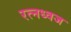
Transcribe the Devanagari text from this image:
रत्नध्वज